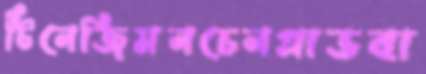
টিনেজিমনচেনগ্লাডবা